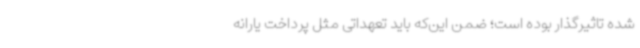
شده تاثیرگذار بوده است؛ ضمن این‌که باید تعهداتی مثل پرداخت یارانه